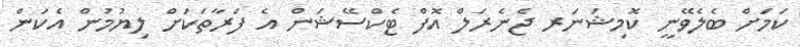
ކަމަށް ބެލެވޭނީ ކޮމިޝަނަރ ޖެނެރަލް އޮފް ޓެކްސޭޝަން އެ ފަރާތަކަށް ލިޔުމުން އެކަން